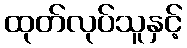
ထုတ်လုပ်သူနှင့်